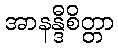
အာနန္ဒီစိတ္တာ